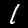
Digit: 1